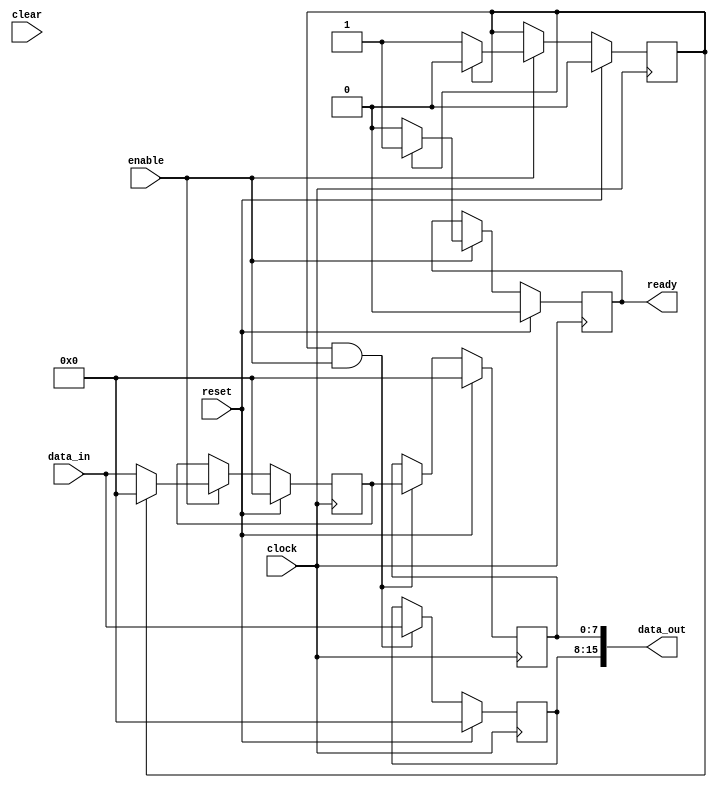
`default_nettype none

module dwt_buffer(
	// inputs
	clock,
	reset,    // hard reset
	clear,    // clears fist LEN-2 pixels from output
	enable,   // keep updating and cycling the buffer
	data_in,  // added to last element of buffer
	// outputs
	data_out, // LEN pixels, that will be used for processing
	ready     // signals when pixels have been updated
);

	parameter BW = 8;
	parameter LEN = 2;
	parameter ZERO = {BW{1'b0}};

	input wire clock;
	input wire reset;
	input wire clear;
	input wire enable;
	input wire [BW-1:0] data_in;
	
	output reg ready = 1'b0;
	output reg [LEN*BW-1:0] data_out;
	reg [BW-1:0] data_out_array [0:LEN-1];
	
	integer i;
	genvar j;
	generate
		for(j = 0;j < LEN;j=j+1) begin: map
			always @(*) begin
				data_out[(j+1)*BW-1:j*BW] = data_out_array[j];
			end
		end
	endgenerate
	
	reg update = 1'b0;
	reg [BW-1:0] buffer = ZERO;
	
	always @(posedge clock) begin
	
		// state variables
		// buffer holds value before it is added to output
		// ready indicates on-cycle that values have been updated
		// update indicates that on the next cycle, values will be updated
		// enable controls whether state is updated
		
		if(reset) begin
			update <= 1'b0;
			buffer <= ZERO;
			ready <= 1'b0;
		end
		else if(!enable) begin
			update <= update;
			buffer <= buffer;
			ready  <= ready;
		end
		else if(!update) begin
			update <= 1'b1;
			buffer <= data_in;
			ready  <= 1'b0;
		end
		else begin
			update <= 1'b0;
			buffer <= ZERO;
			ready  <= 1'b1;
		end
		
		// updating the buffer
		// if clear or reset is asserted, first LEN-2 pixels are cleared
		// if update is asserted, output will be shifted

		if(reset | clear) begin
			for(i = 0;i < LEN-2;i = i+1) begin
				data_out_array[i] <= ZERO;
			end
		end
		else if(update) begin
			for(i = 0;i < LEN-2;i = i+1) begin
				data_out_array[i] <= data_out_array[i+2];
			end
		end
		else begin
			for(i = 0;i < LEN-2;i = i+1) begin
				data_out_array[i] <= data_out_array[i];
			end
		end
		
		if(reset) begin
			data_out_array[LEN-2] <= ZERO;
			data_out_array[LEN-1] <= ZERO;
		end
		else if(update && enable) begin
			data_out_array[LEN-2] <= buffer;
			data_out_array[LEN-1] <= data_in;
		end
		else begin
			data_out_array[LEN-2] <= data_out_array[LEN-2];
			data_out_array[LEN-1] <= data_out_array[LEN-1];
		end
	end
endmodule